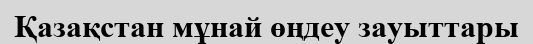
Қазақстан мұнай өңдеу зауыттары